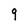
Character: 9